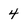
Character: 4